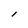
Character: l